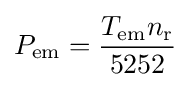
P_{\text{em}}={\frac {T_{\text{em}}n_{\text{r}}}{5252}}